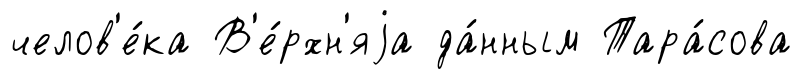
челов'е́ка В'е́рхн'яjа да́нным Тара́сова